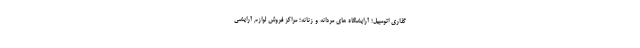
گذاری اتومبیل؛ آرایشگاه های مردانه و زنانه؛ مراکز فروش لوازم آرایشی